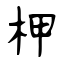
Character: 柙